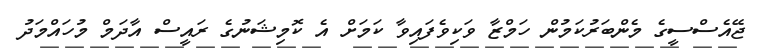
ޖޭއެސްސީގެ މެންބަރުކަމުން ހަމްޒާ ވަކިވެފައިވާ ކަމަށް އެ ކޮމިޝަނުގެ ރައީސް އާދަމް މުހައްމަދު